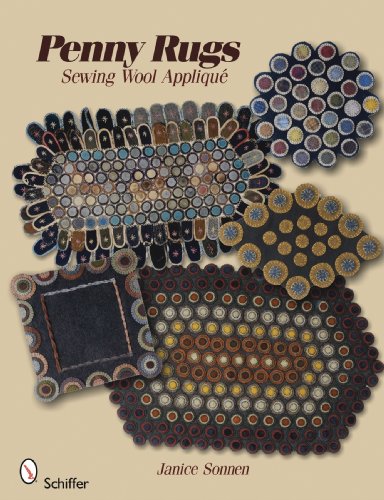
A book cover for Penny Rugs:  Sewing Wool Applique; Janice Sonnen; Crafts, Hobbies & Home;